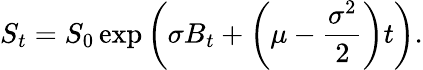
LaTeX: S_{t}=S_{0}\exp\left(\sigma B_{t}+\left(\mu-{\frac{\sigma^{2}}{2}}\right)t\right).